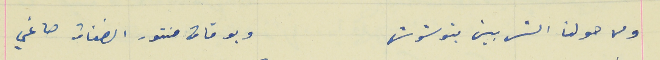
ولا حولنا الشريين بتوشوش                                        وبوقات منتور الضفات صاغي